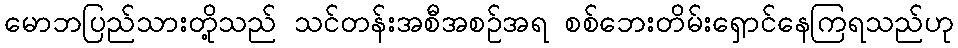
မောဘပြည်သားတို့သည် သင်တန်းအစီအစဉ်အရ စစ်ဘေးတိမ်းရှောင်နေကြရသည်ဟု